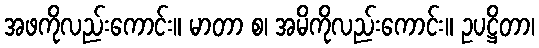
အဖကိုလည်းကောင်း။ မာတာ စ၊ အမိကိုလည်းကောင်း။ ဥပဋ္ဌိတာ၊